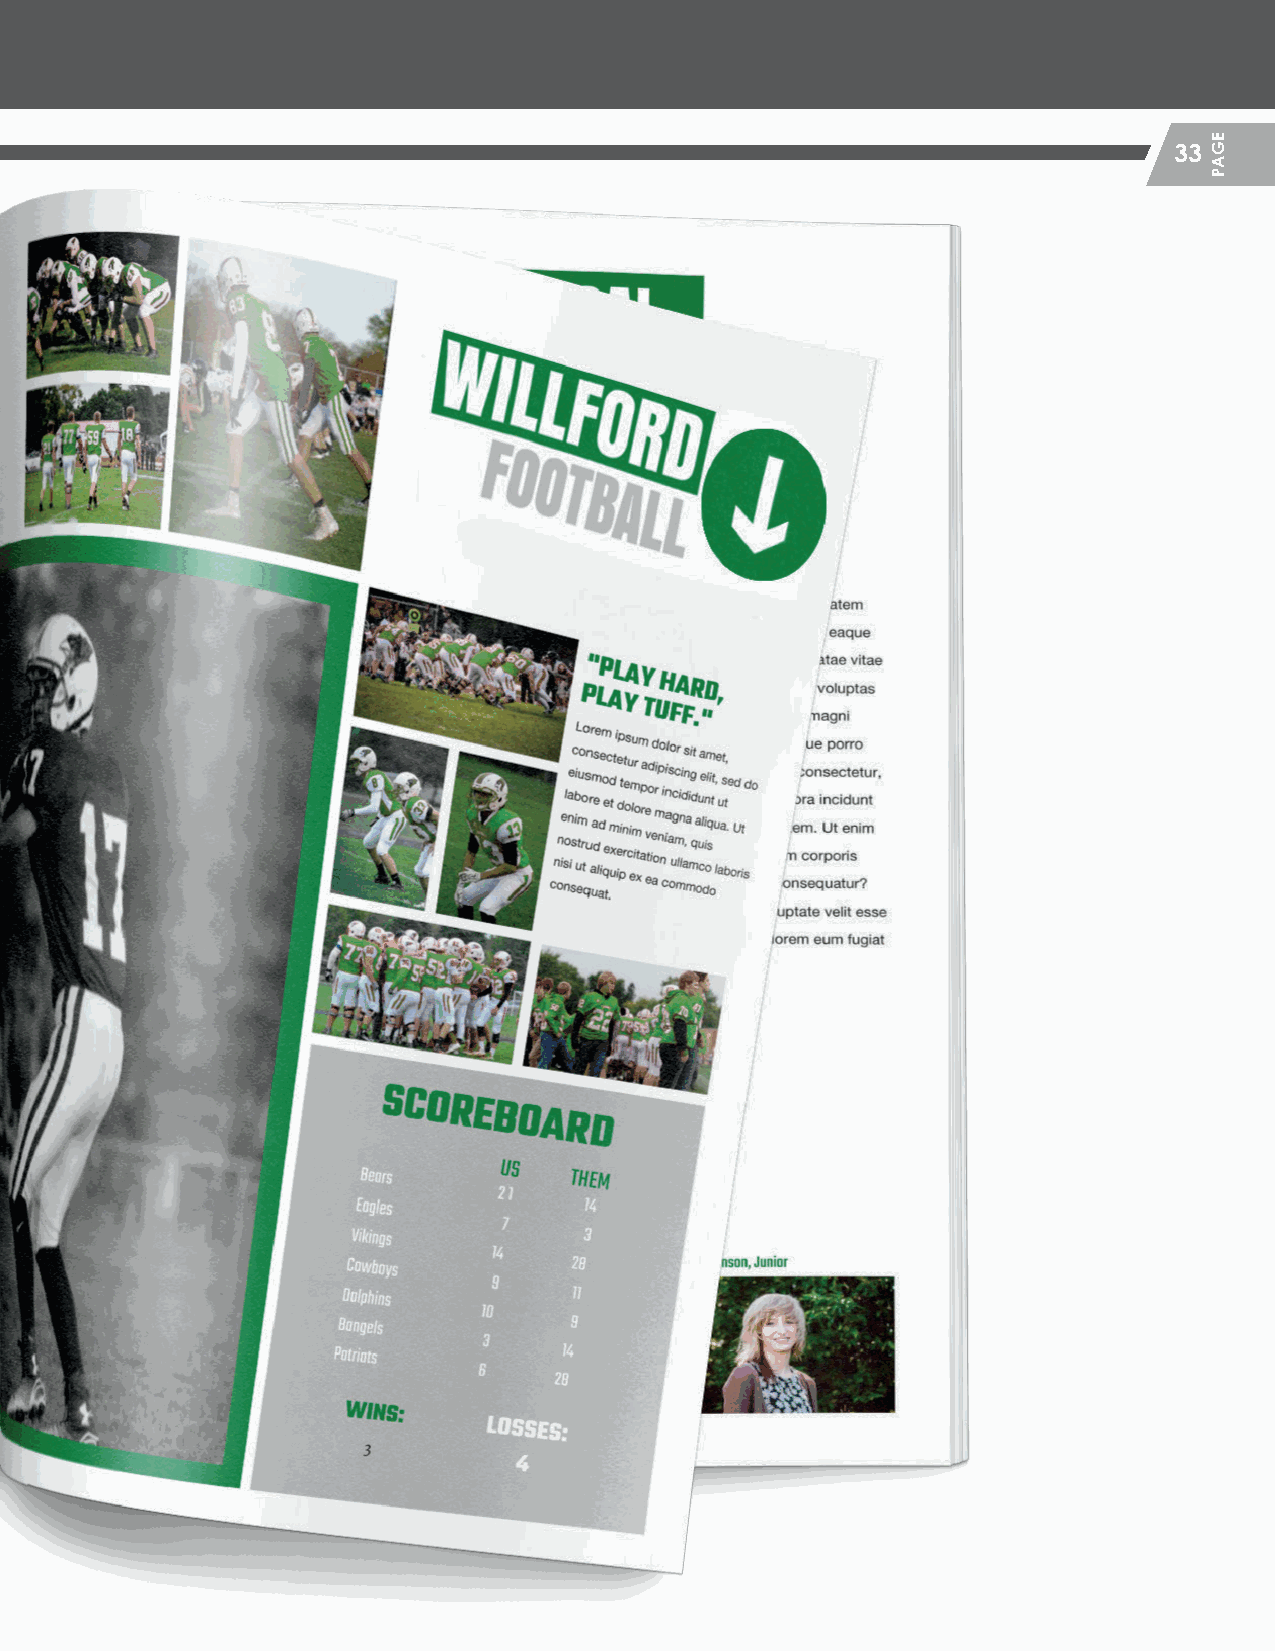
33
 HHSS__CCrreeaattiivvee__GGuuiiddeePPFF__MMSS..iinndddd 3333                 22//55//2200 1122::1133 PPMM
 EGAP